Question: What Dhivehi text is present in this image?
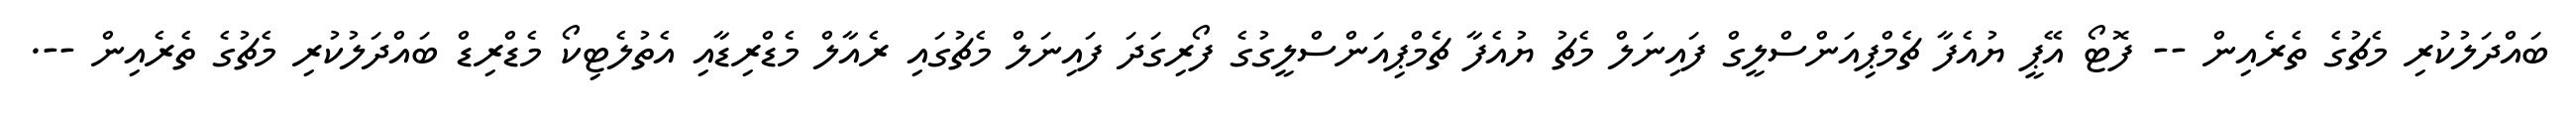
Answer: ބައްދަލުކުރި މެޗުގެ ތެރެއިން -- ފޮޓޯ އޭޕީ ޔުއެފާ ޗެމްޕިއަންސްލީގް ފައިނަލް މެޗު ޔުއެފާ ޗެމްޕިއަންސްލީގުގެ ފޯރިގަދަ ފައިނަލް މެޗުގައި ރެއާލް މެޑްރިޑާއި އެތުލެޓިކޯ މެޑްރިޑް ބައްދަލުކުރި މެޗުގެ ތެރެއިން --.